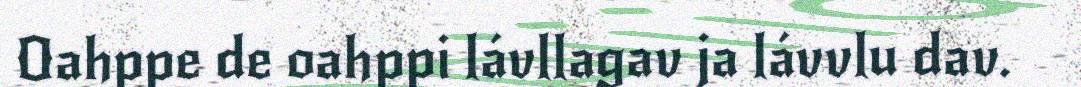
Oahppe de oahppi lávllagav ja lávvlu dav.